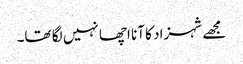
مجھے شہزاد کا آنا اچھا نہیں لگا تھا۔